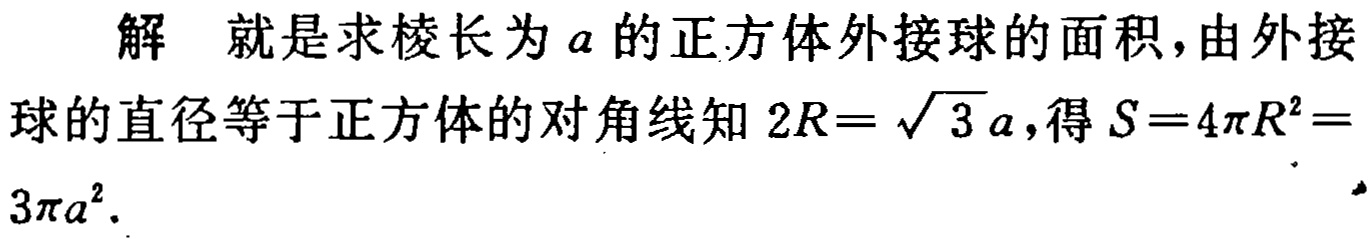
解 就是求棱长为\(a\)的正方体外接球的面积,由外接球的直径等于正方体的对角线知\(2R = \sqrt{3}a\),得\(S = 4\pi R^{2}=3\pi a^{2}\).